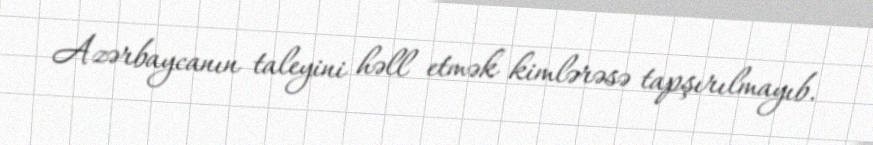
Azərbaycanın taleyini həll etmək kimlərəsə tapşırılmayıb.